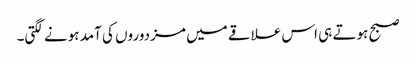
صبح ہوتے ہی اس علاقے میں مزدوروں کی آمد ہونے لگتی۔